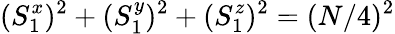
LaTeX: (S_{1}^{x})^{2}+(S_{1}^{y})^{2}+(S_{1}^{z})^{2}=(N/4)^{2}